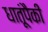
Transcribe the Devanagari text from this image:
धातूंपैकी